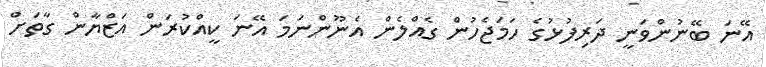
އޭނަ ބޭނުންވަނީ ދަރިފުޅުގެ ހަމަޖެހުން ގެއްލެން އެނޫންނަމަ އޭނަ ކީއްކުރަން އަޒްޔާން ގާތަށް